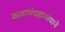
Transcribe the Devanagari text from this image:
कलासंग्रहालयाने